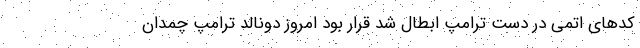
کدهای اتمی در دست ترامپ ابطال شد قرار بود امروز دونالد ترامپ چمدان